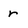
Character: r